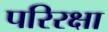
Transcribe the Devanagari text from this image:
परिरक्षा